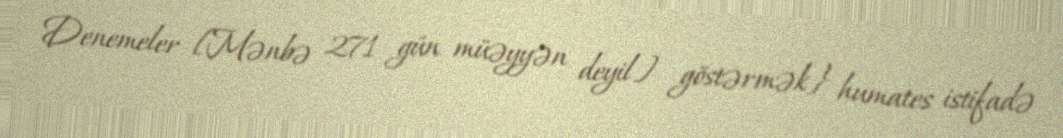
Denemeler [Mənbə 271 gün müəyyən deyil] göstərmək} humates istifadə